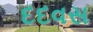
દદવસ